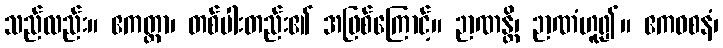
သည်လည်း။ ဧကတ္ထာ၊ တစ်ပါးတည်း၏ အဖြစ်ကြောင့်။ ဉာဏန္တိ၊ ဉာဏံဟူ၍။ ဧကဝစနံ၊